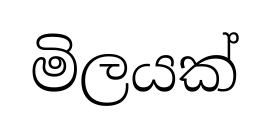
මිලයක්